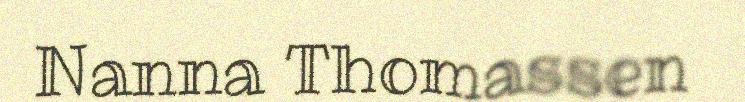
Nanna Thomassen